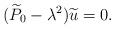
LaTeX: \begin{align*} (\widetilde{P}_0-\lambda^2)\widetilde{u} = 0. \end{align*}